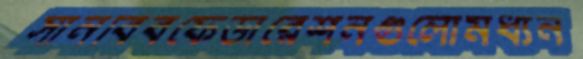
সানবিবফেডারেশনগুলোমধ্যন